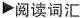
▶阅读词汇